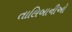
તાલિબાનીઓ